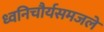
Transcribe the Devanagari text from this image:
ध्वनिचौर्यसमजले